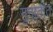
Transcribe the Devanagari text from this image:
गुनातीत